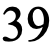
39